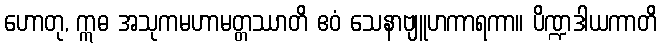
ဟောတု, ဣဓ အသုကမဟာမတ္တဿာတိ ဧဝံ သေနာဗျူဟကာရကာ။ ပိဏ္ဍဒါယကာတိ